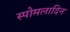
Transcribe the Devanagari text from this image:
स्पोमलादिन